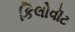
કિલોવૉટ